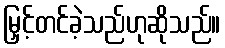
မြှင့်တင်ခဲ့သည်ဟုဆိုသည်။